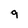
Character: 9